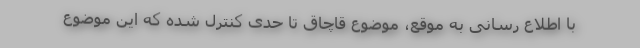
با اطلاع رسانی به موقع، موضوع قاچاق تا حدی کنترل شده که این موضوع